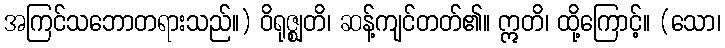
အကြင်သဘောတရားသည်။) ဝိရုဇ္ဈတိ၊ ဆန့်ကျင်တတ်၏။ ဣတိ၊ ထို့ကြောင့်။ (သော၊